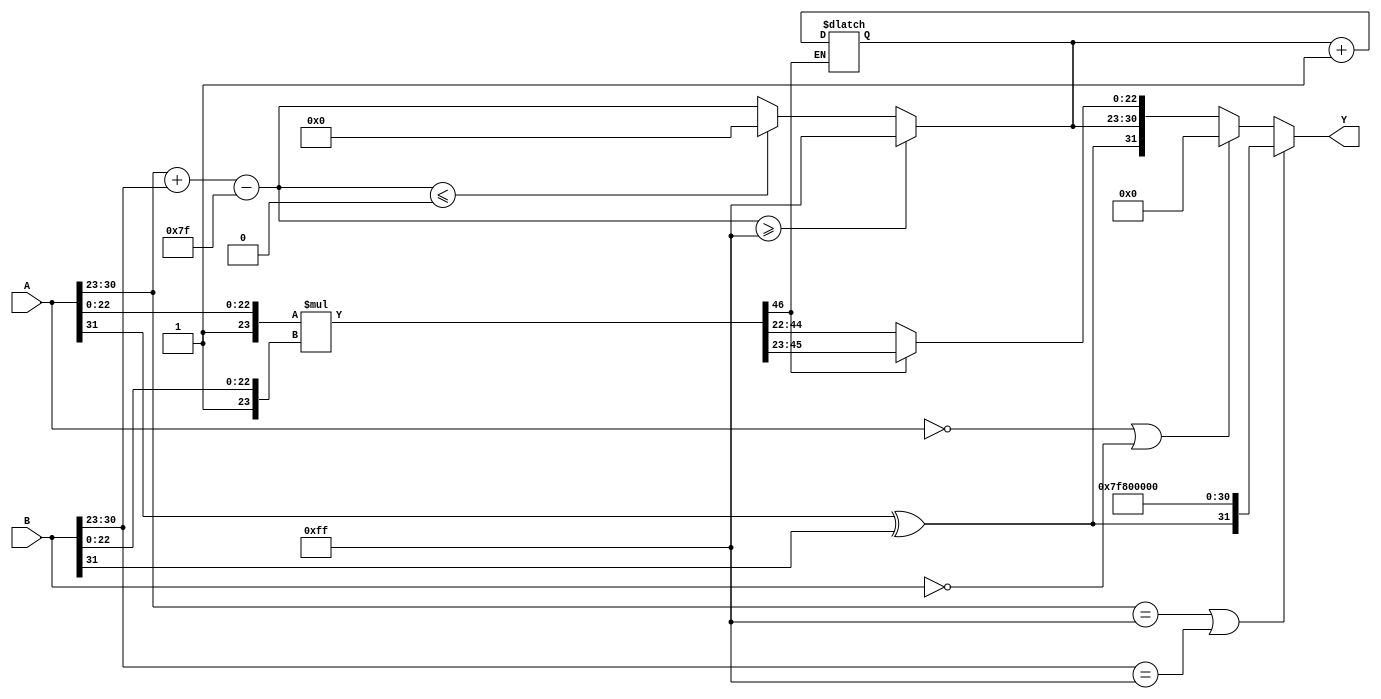
module floating_point_multiplier (
    input wire [31:0] A,  // Input A (32-bit IEEE 754)
    input wire [31:0] B,  // Input B (32-bit IEEE 754)
    output reg [31:0] Y   // Output Y (32-bit IEEE 754)
);

    // Constants
    localparam BIAS = 127;
    localparam EXP_WIDTH = 8;
    localparam SIGNIFICAND_WIDTH = 23;

    // Internal signals
    wire signA, signB;
    wire [EXP_WIDTH-1:0] expA, expB;
    wire [SIGNIFICAND_WIDTH-1:0] sigA, sigB;
    wire [46:0] sig_product; // 46 bits to hold the product of two 23-bit significands
    reg [EXP_WIDTH-1:0] expY;
    reg [SIGNIFICAND_WIDTH-1:0] sigY;
    reg signY;

    // Assigning inputs
    assign signA = A[31];
    assign expA = A[30:23];
    assign sigA = A[22:0];
    
    assign signB = B[31];
    assign expB = B[30:23];
    assign sigB = B[22:0];

    // Sign calculation
    always @(*) begin
        signY = signA ^ signB; // Result sign = signA XOR signB
    end

    // Exponent calculation
    always @(*) begin
        expY = expA + expB - BIAS; // Exponent calculation
        if (expY >= 255) begin
            expY = 255; // Clamp to max exponent for overflow
        end else if (expY <= 0) begin
            expY = 0; // Clamp to min exponent for underflow
        end
    end

    // Significand calculation
    assign sig_product = {1'b1, sigA} * {1'b1, sigB}; // Multiply significands with implicit leading 1
    always @(*) begin
        if (sig_product[46]) begin
            sigY = sig_product[45:23]; // No shift needed, take the upper 23 bits
        end else begin
            sigY = sig_product[44:22]; // Shift right by 1
            expY = expY + 1; // Adjust exponent for normalization
        end
    end

    // Handle special cases (zero, infinity, NaN)
    always @(*) begin
        if ((expA == 8'hFF) || (expB == 8'hFF)) begin // Check if either input is NaN or infinity
            Y = {signY, 8'hFF, 23'b0}; // Result is NaN or Infinity
        end else if ((A == 32'b0) || (B == 32'b0)) begin
            Y = 32'b0; // Result is zero
        end else begin
            Y = {signY, expY, sigY}; // Assemble the output
        end
    end

endmodule